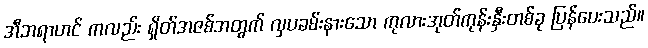
အီဘရာဟင် ကလည်း ရှိတ်အဇစ်အတွက် လှပခမ်းနားသော ကုလားအုတ်ကုန်းနှီးတစ်ခု ပြန်ပေးသည်။